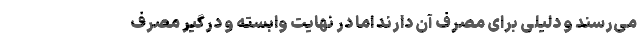
می‌رسند و دلیلی برای مصرف آن دارند اما در نهایت وابسته و درگیر مصرف